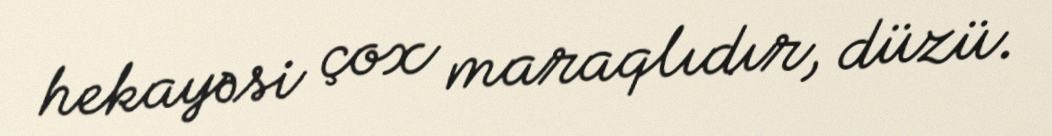
hekayəsi çox maraqlıdır, düzü.